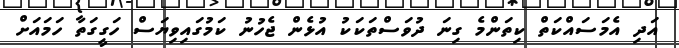
އަދި އެމަސައްކަތް ކިތަންމެ ގިނަ ދުވަސްތަކަކު އުޅެން ޖެހުނު ކަމުގައިވިޔަސް ހަގީގަތާ ހަމައަށް